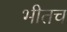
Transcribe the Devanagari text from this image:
भीतच